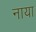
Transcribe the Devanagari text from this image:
नाया